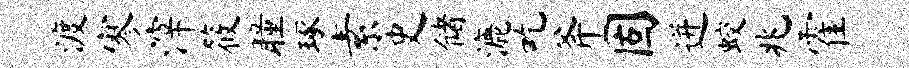
渡寥滓筱瞳琢素史储漉吃斧固迸蛟兆霍